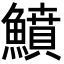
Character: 鱝